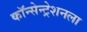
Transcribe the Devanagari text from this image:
कॉन्सेन्ट्रेशनला